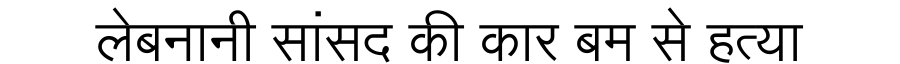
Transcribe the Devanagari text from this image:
लेबनानी सांसद की कार बम से हत्या